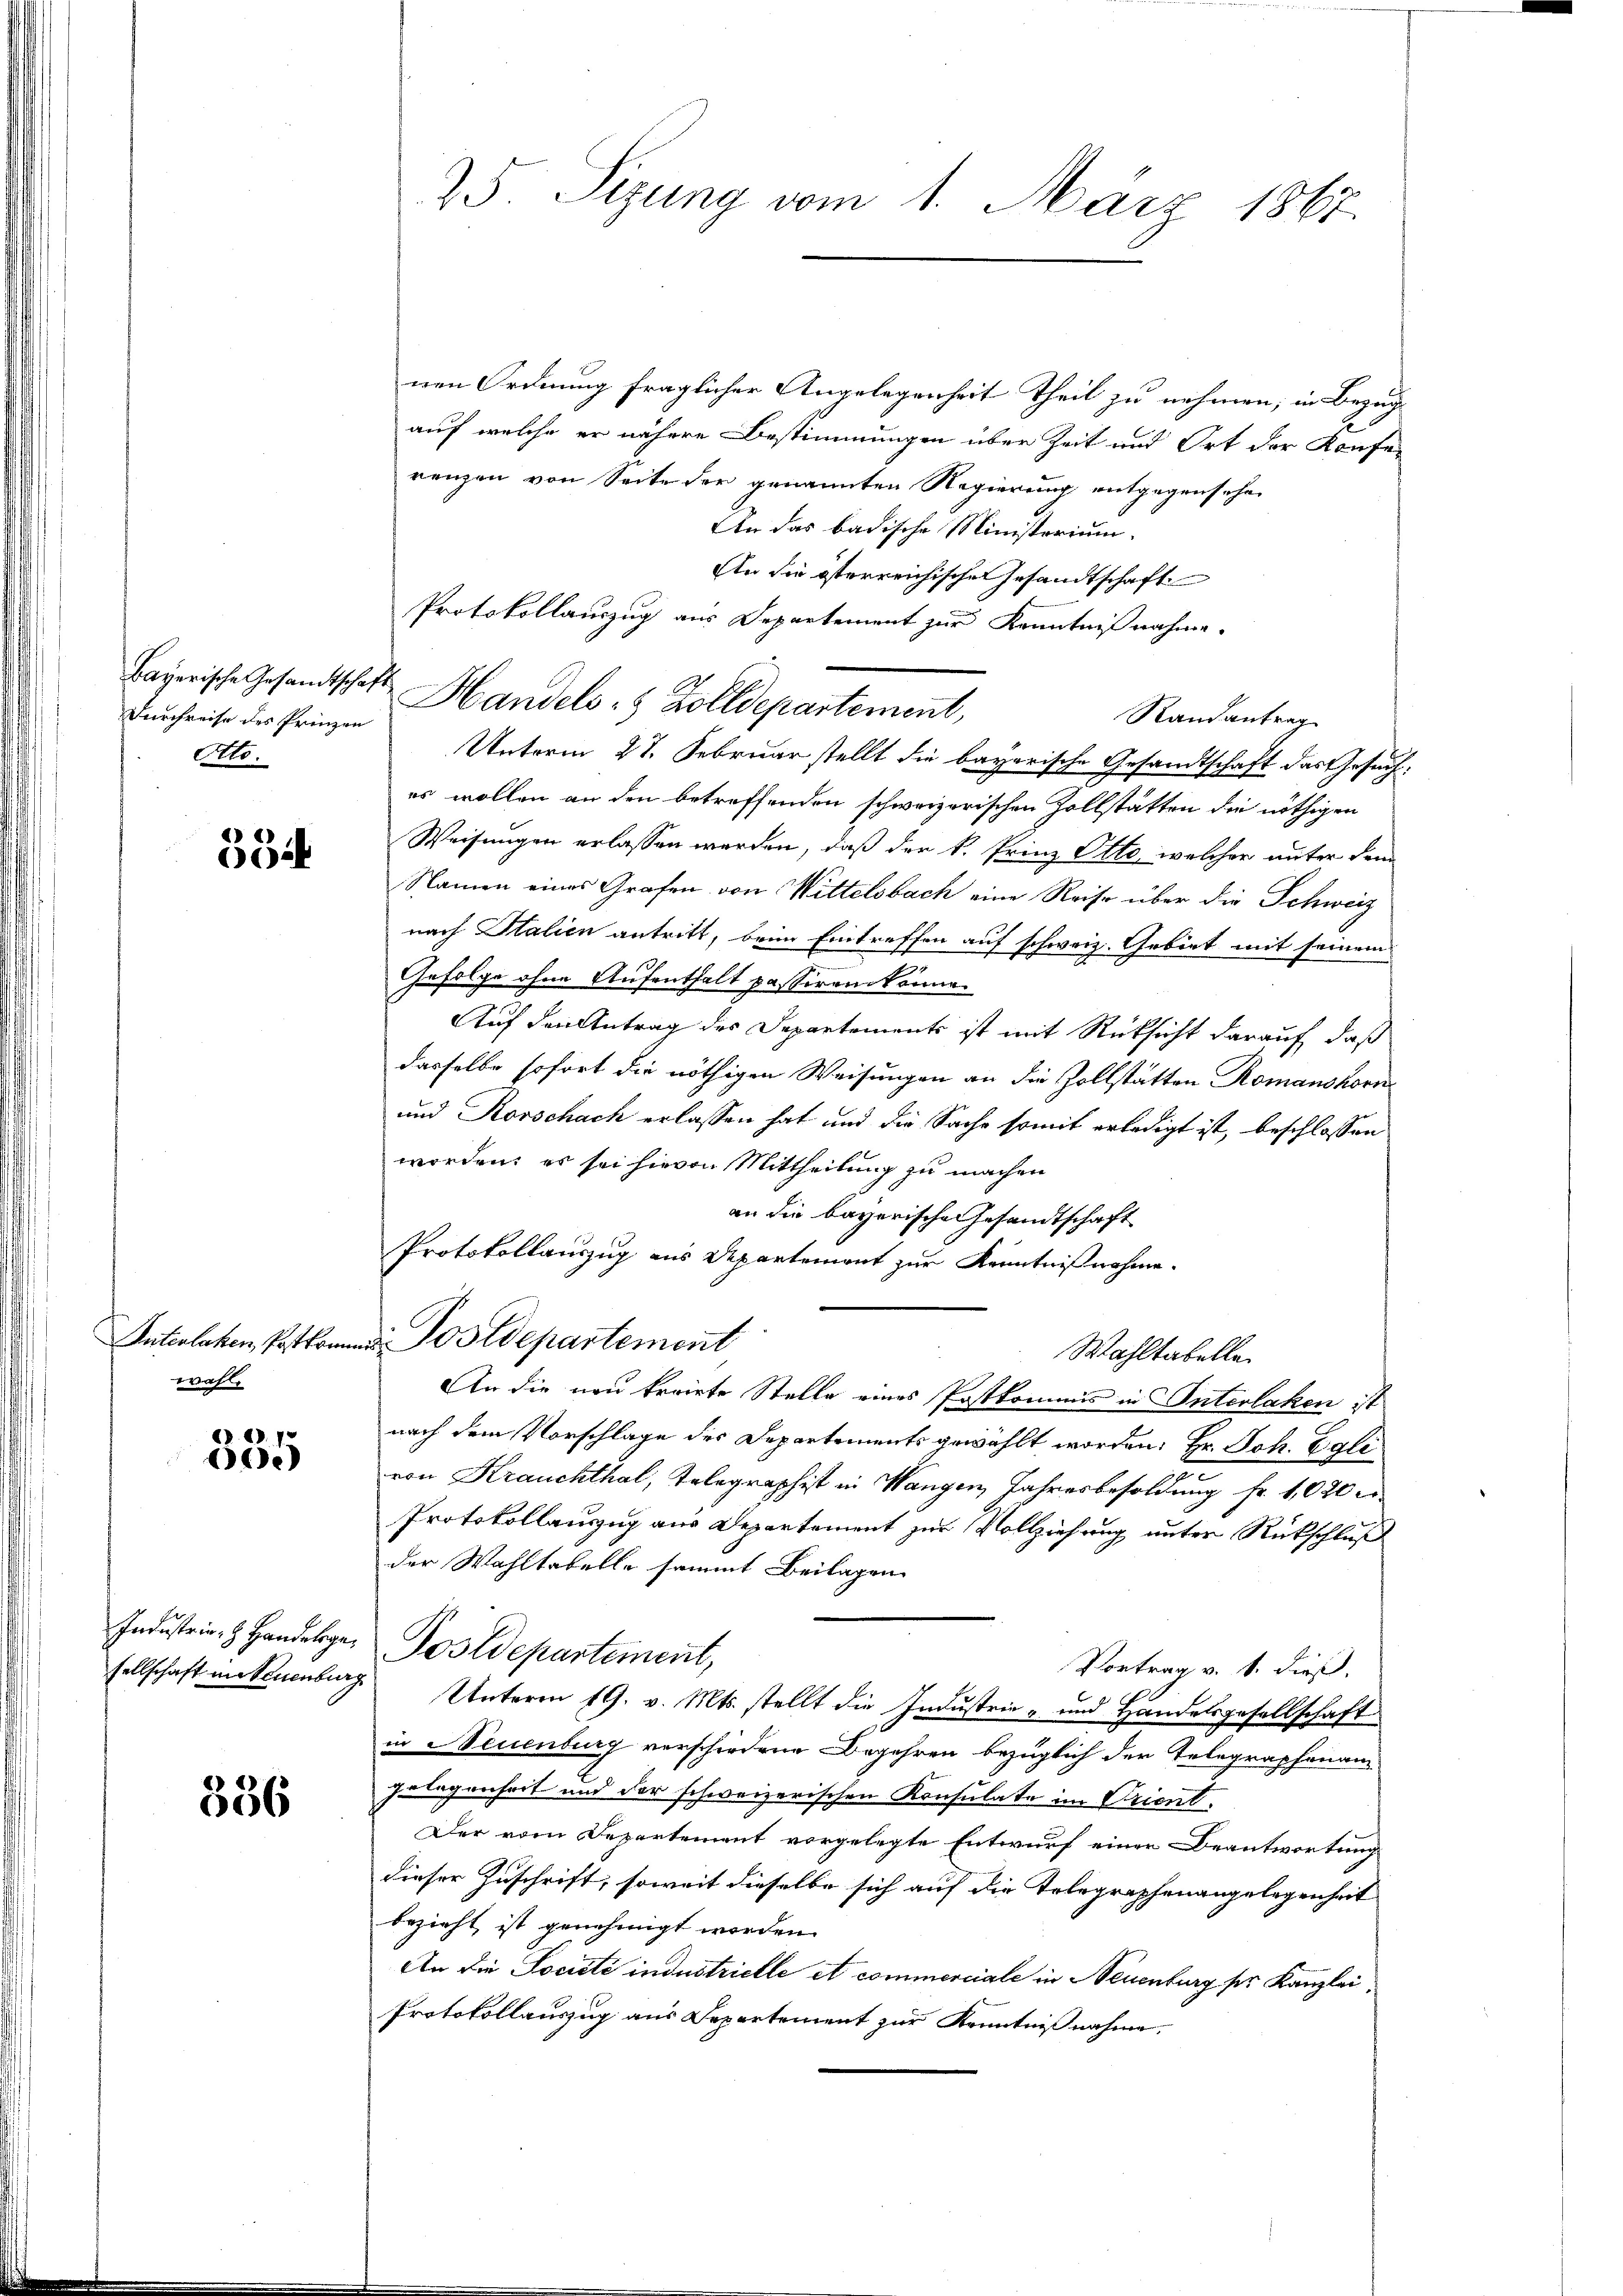
Durchreise des Prinzen
Otto.

3 Zif.

wahl.

R. Bd. 1
)

336

nen Ordnung fraglicher Angelegenheit Theil zu nehmen; in Bezug
auf welche er nähere Bestimmungen über Zeit und Ort der Konferenzen von Seite der genannten Regierung entgegensehen
An das badische Ministerium.
An die österreichische Gesandtschaft
Randantrag
Unterm 27. Februar stellt die bayerische Gesandtschaft das Gesuches wollen an den betreffenden schweizerischen Zollstätten die nöthigen
Weisungen erlassen werden, daß der k. Prinz Otto, welcher unter dem
Namen eines Grafen von Mittelsbach eine Reise über die Schweiz
nach Italien antritt, beim Eintreffen auf schweiz. Gebiet mit seinem
Gefolge ohne Aufenthalt passiren könne.
Auf den Antrag des Departements ist mit Rücksicht darauf, daß
dasselbe sofort die nöthigen Weisungen an die Zollstätten Romanshorn
und Korschach erlassen hat und die Sache somit erledigt ist, beschlossen
worden; es sei hievon Mittheilung zu machen
an die bayerische Gesandtschaft
Protokollauszug aus Departement zur Kenntnißnahme.
Interlaken, Postkommen Postdepartement
Wahltabellen
An die neu erriete Stelle eines Postkommis in Interlaken ist
nach dem Vorschlage der Departements gewählt worden, Hr. Joh. Egli
von Krauchthal, Telegraphist in Wangen, Jahresbesoldung Fr. 1020
Protokollauszug aus Departement zur Vollziehung unter Rückschluß
der Wahltabelle sammt Beilagen
Industrie - Handelge. Postdepartement,
Vortrag v. 1. dieß.
sellschaft in Neuenburg Unterm 19. v. Mts. stellt die Industrie- und Handelsgesellschaft
in Neuenburg verschiedene Begehren bezüglich der Telegraphenan
Gelegenheit und der schweizerischen Konsulate im Prient.
Der vom Departement vorgelegte Entwurf einen Beantwortung
dieser Zuschrift, soweit dieselbe sich auf die Telegraphenangelegenheit
bezieht ist genehmigt worden.
An die Société industrielle et commerciale in Neuenburg ser Kanzlei,
Protokollauszug aus Departement zur Kenntnißnahme,

25. Sizung vom 1. März 1867.

Protokollauszug aus Departement zur Kenntnißnahme.
Bayerische Gesandtschaft Handels : 5 Zolldepartement,